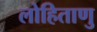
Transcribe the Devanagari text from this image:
लोहिताणु